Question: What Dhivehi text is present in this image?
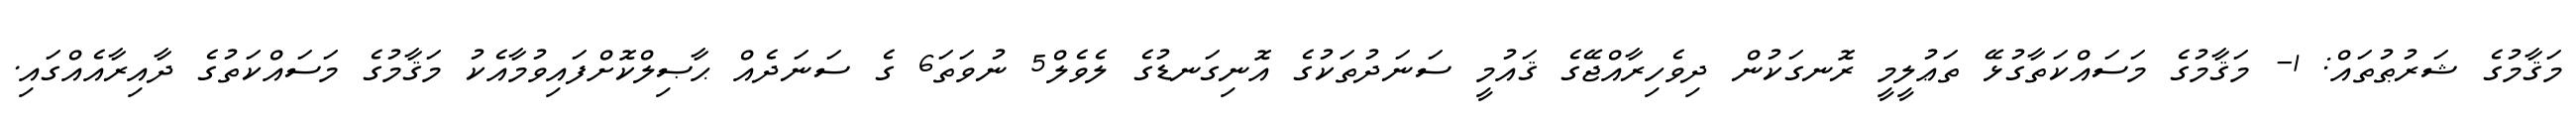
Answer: މަޤާމުގެ ޝަރުޠުތައް: 1- މަޤާމުގެ މަސައްކަތާގުޅޭ ތަޢުލީމީ ރޮނގަކުން ދިވެހިރާއްޖޭގެ ޤައުމީ ސަނަދުތަކުގެ އޮނިގަނޑުގެ ލެވެލް5 ނުވަތަ6 ގެ ސަނަދެއް ޙާޞިލްކޮށްފައިވުމާއެކު މަޤާމުގެ މަސައްކަތުގެ ދާއިރާއެއްގައި.